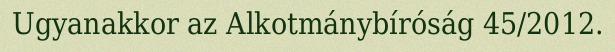
Ugyanakkor az Alkotmánybíróság 45/2012.